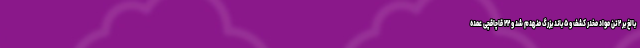
بالغ بر ۲ تُن مواد مخدر کشف و ۵ باند بزرگ منهدم شد و ۲۲ قاچاقچی عمده